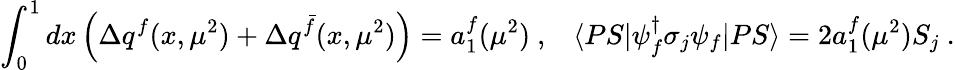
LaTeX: \int_{0}^{1}dx\left(\Delta q^{f}(x,\mu^{2})+\Delta q^{\bar{f}}(x,\mu^{2})\right)=a_{1}^{f}(\mu^{2})\ ,\; \; \; \langle PS|\psi_{f}^{\dagger}\sigma_{j}\psi_{f}|PS\rangle=2a_{1}^{f}(\mu^{2})S_{j}\ .